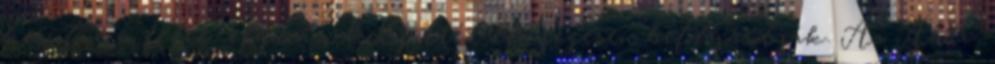
kerülve a felek eljárási helyzetét lényegesen befolyásolják. Az Abtv.